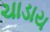
ચાડાય